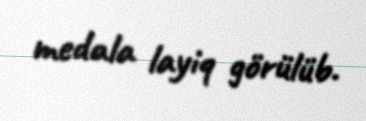
medala layiq görülüb.